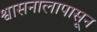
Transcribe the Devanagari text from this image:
श्वासनालापासून